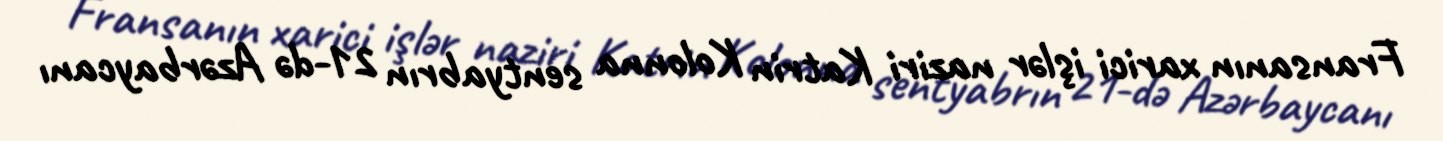
Fransanın xarici işlər naziri Katrin Kolonna sentyabrın 21-də Azərbaycanı